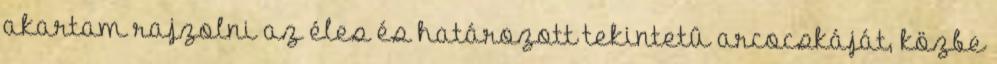
akartam rajzolni az éles és határozott tekintetû arcocskáját, közbe